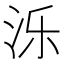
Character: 泺